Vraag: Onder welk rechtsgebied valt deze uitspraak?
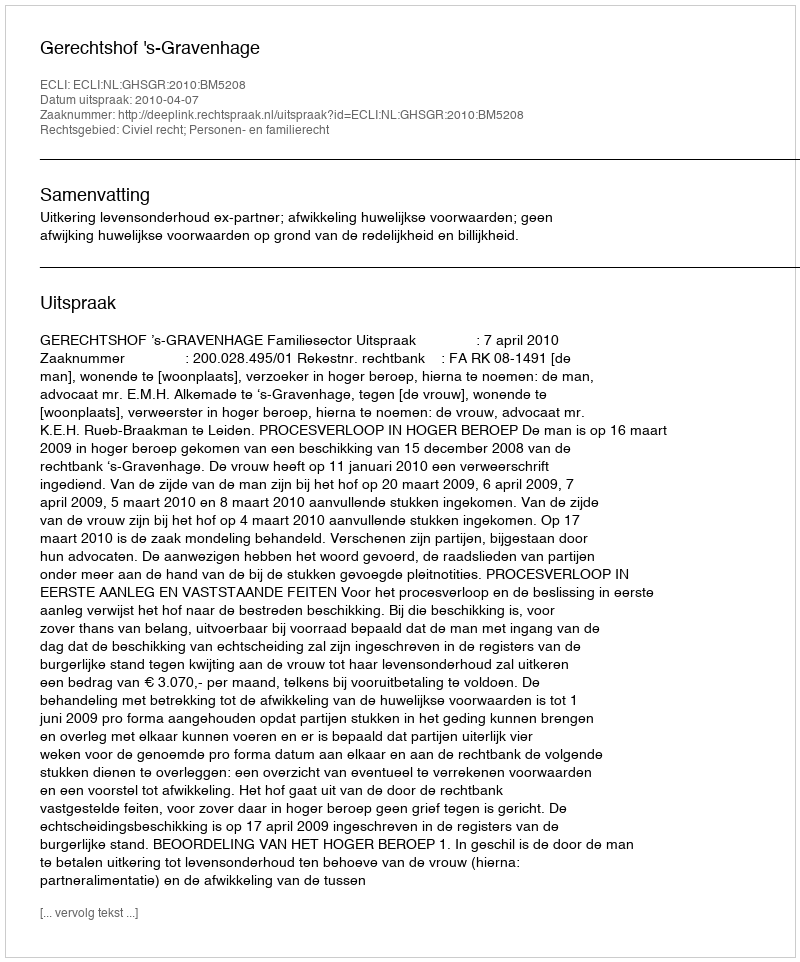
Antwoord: Civiel recht; Personen- en familierecht